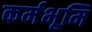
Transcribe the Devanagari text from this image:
कर्मभूमि